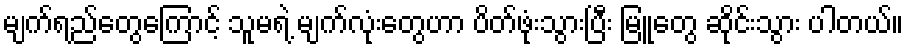
မျက်ရည်တွေကြောင့် သူမရဲ့ မျက်လုံးတွေဟာ ပိတ်ဖုံးသွားပြီး မြူတွေ ဆိုင်းသွား ပါတယ်။